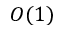
O ( 1 )